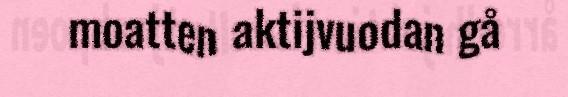
moatten aktijvuodan gå